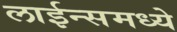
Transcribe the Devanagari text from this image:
लाईन्समध्ये